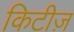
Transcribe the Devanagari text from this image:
किटीज़